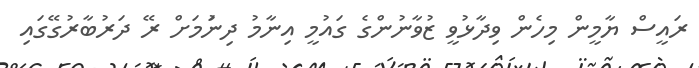
ރައީސް ޔާމީން މިހެން ވިދާޅުވީ ޒުވާނުންގެ ގައުމީ އިނާމު ދިނުަމަށް ރޭ ދަރުބާރުގޭގައި